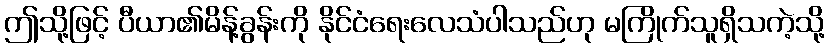
ဤသို့ဖြင့် ပီယာ၏မိန့်ခွန်းကို နိုင်ငံရေးလေသံပါသည်ဟု မကြိုက်သူရှိသကဲ့သို့